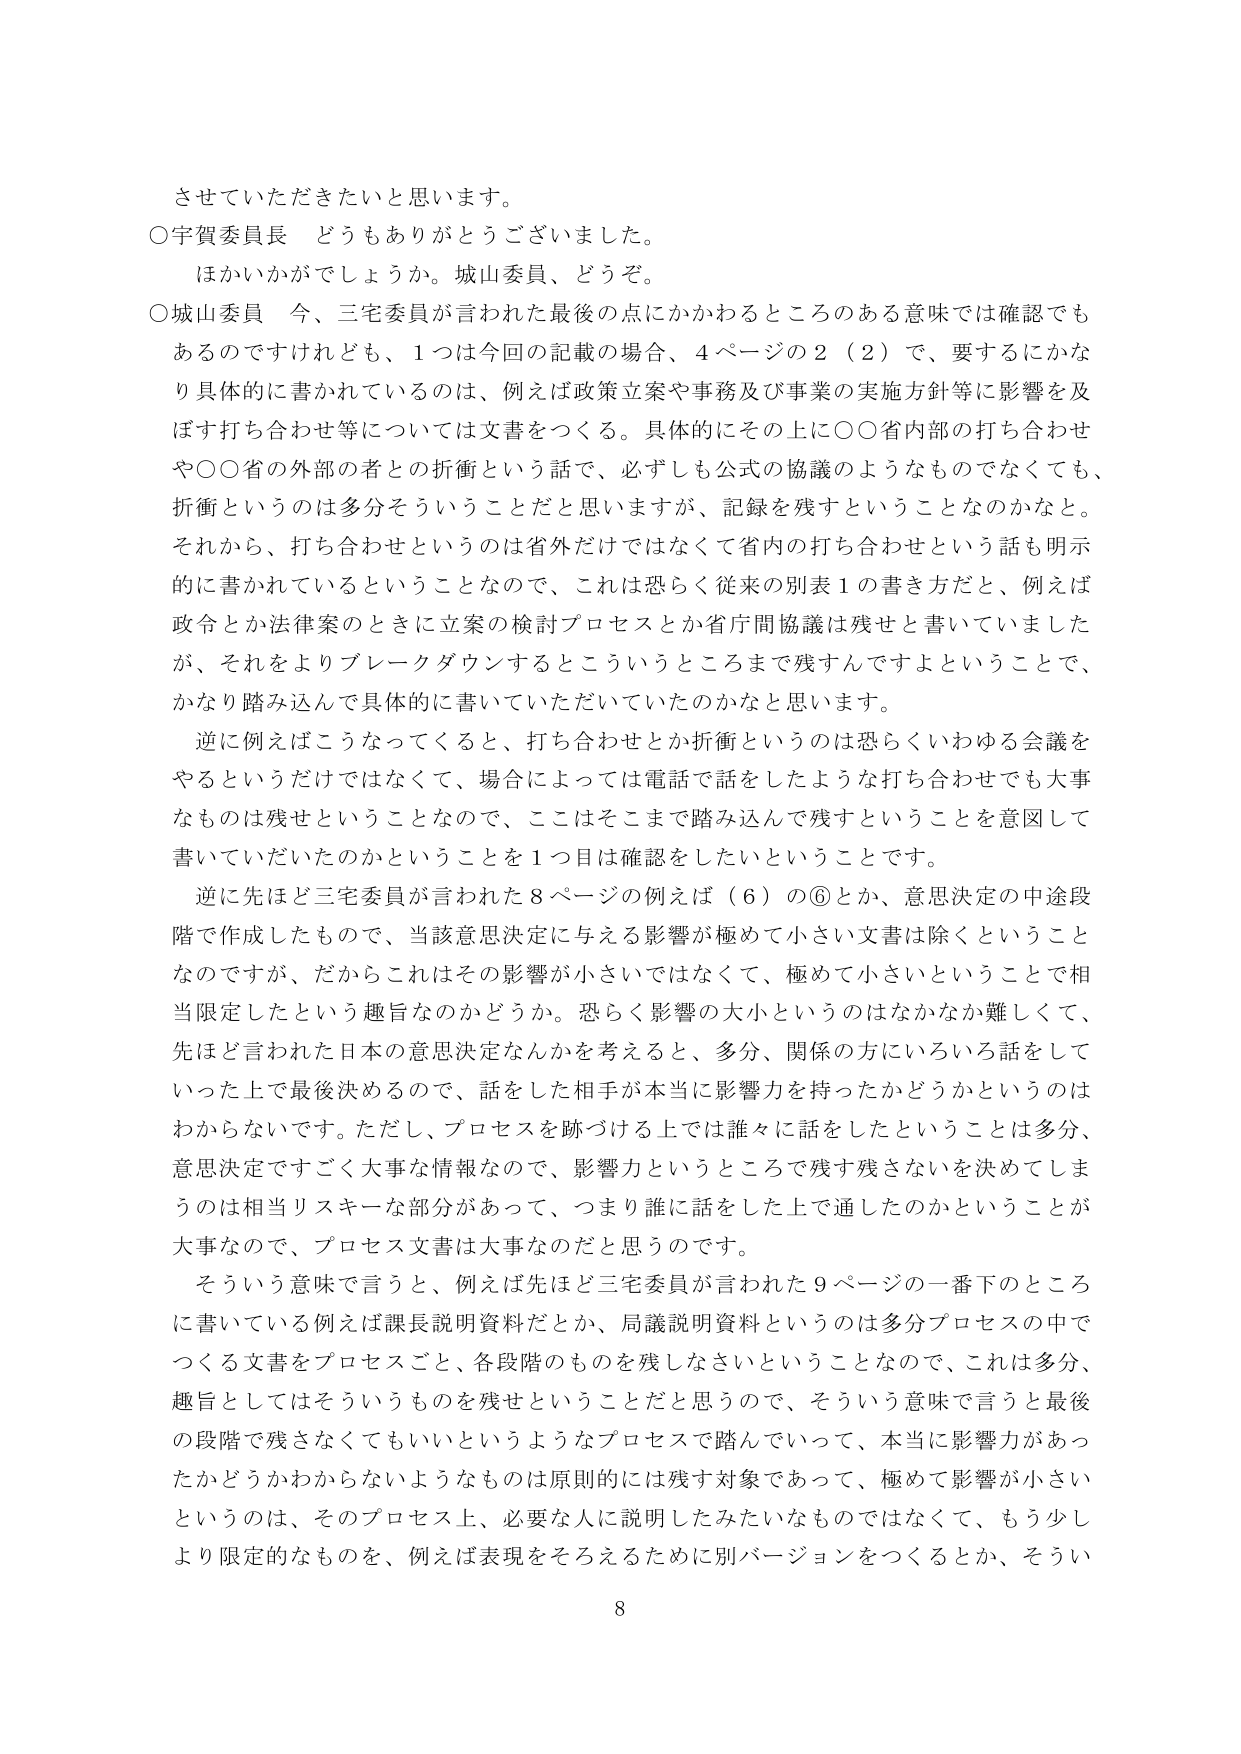
させていただきたいと思います。
○宇賀委員長 どうもありがとうございました。
　ほかいかがでしょうか。城山委員、どうぞ。
○城山委員 今、三宅委員が言われた最後の点にかかわるところのある意味では確認でも
あるのですけれども、1つは今回の記載の場合、4ページの2（2）で、要するにかな
り具体的に書かれているのは、例えば政策立案や事務及び事業の実施方針等に影響を及
ぼす打ち合わせ等については文書をつくる。具体的にその上に○○省内部の打ち合わせ
や○○省の外部の者との折衝という話で、必ずしも公式の協議のようなものでなくても、
折衝というのは多分そういうことだと思いますが、記録を残すということなのかなと。
それから、打ち合わせというのは省外だけではなくて省内の打ち合わせという話も明示
的に書かれているということなので、これは恐らく従来の別表1の書き方だと、例えば
政令とか法律案のときに立案の検討プロセスとか省庁間協議は残せと書いていました
が、それをよりブレイクダウンするこういうところまで残すんですよということで、
かなり踏み込んで具体的に書いていただいていたのかなと思います。
　逆に例えばこうなってくると、打ち合わせとか折衝というのは恐らくいわゆる会議を
やるというだけではなくて、場合によっては電話で話をしたような打ち合わせでも大事
なものは残せということなので、ここはそこまで踏み込んで残すということを意図して
書いていただいたのかということを1つ目は確認をしたいということです。
　逆に先ほど三宅委員が言われた8ページの例えば（6）の⑥とか、意思決定の中途段
階で作成したもので、当該意思決定に与える影響が極めて小さい文書は除くということ
なのですが、だからこれはその影響が小さいではなくて、極めて小さいということで相
当限定したという趣旨なのかどうか。恐らく影響の大小というのはなかなか難しくて、
先ほど言われた日本の意思決定なんかを考えると、多分、関係の方にいろいろ話をして
いった上で最後決めるので、話をした相手が本当に影響を持ったかどうかというのは
わからないです。ただし、プロセスを跡づける上では誰々に話をしたということは多分、
意思決定ですごく大事な情報なので、影響力というところで残す残さないを決めてしま
うのは相当リスキーな部分があって、つまり誰に話をした上で通したのかということが
大事なので、プロセス文書は大事なのだと思うのです。
　そういう意味で言うと、例えば先ほど三宅委員が言われた9ページの一番下のところ
に書いている例えば課長説明資料だとか、局議説明資料というのは多分プロセスの中で
つくる文書をプロセスごと、各段階のものを残しなさいということなので、これは多分、
趣旨としてはそういうものを残せということだと思うので、そういう意味で言うと最後
の段階で残さなくてもいいというようなプロセスで踏んでいって、本当に影響力があっ
たかどうかわからないようなものは原則的には残す対象であって、極めて影響が小さい
というのは、そのプロセス上、必要な人に説明したみたいなものではなくて、もう少し
より限定的なものを、例えば表現をそろえるために別バージョンをつくるとか、そうい
8